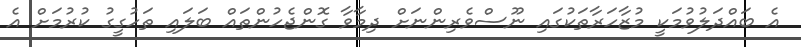
އެ ބައްދަލުވުމަކީ މުޒާހަރާތަކުގައި ނޫސްވެރިންނަށް ދިމާވާ ގޮންޖެހުންތައް ބަލައި ތަހުގީގު ކުރުމަށް އެ